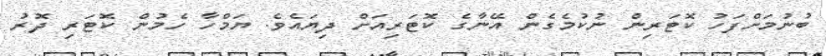
ބުނުމަށްފަހު ކޮޓަރިން ނުކުމެގެން އޭނާގެ ކޮޓަރިއަށް ދިޔައެވެ. ޔަމްހާ ހެމުން ކޮޓަރި ދޮރު